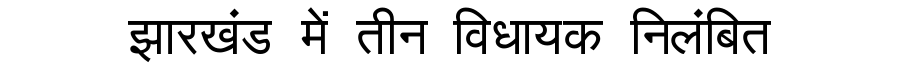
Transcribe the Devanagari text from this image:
झारखंड में तीन विधायक निलंबित